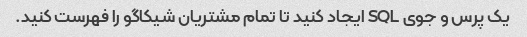
یک پرس و جوی SQL ایجاد کنید تا تمام مشتریان شیکاگو را فهرست کنید.